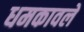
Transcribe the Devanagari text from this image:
धमकावले